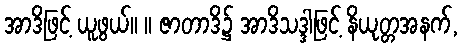
အာဒိဖြင့် ယူဖွယ်။ ။ ဇာတာဒိ၌ အာဒိသဒ္ဒါဖြင့် နိယုတ္တအနက်,